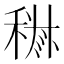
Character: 𱶘